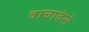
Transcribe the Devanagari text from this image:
वाचावेसे